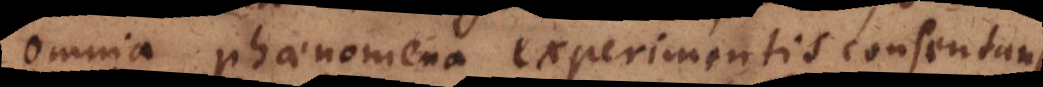
omnia phaenomena experimentis consentanea